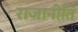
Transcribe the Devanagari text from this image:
राजानीति